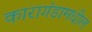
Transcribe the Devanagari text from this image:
कारागंडामधील